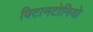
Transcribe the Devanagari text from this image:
विटानटोनियो